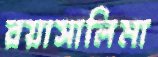
রয়াসালিমা